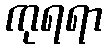
ကုရရာ